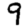
Digit: 9